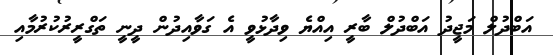
އަބްދުލް މަޖީދު އަބްދުލް ބާރީ އިއްޔެ ވިދާޅުވީ އެ ގަވާއިދުން ދީނީ ތަގްރީރުކުރުމާއި